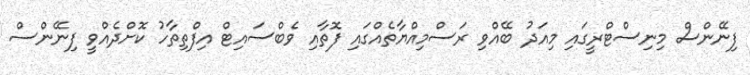
ފިނޭންސް މިނިސްޓްރީގައި މިއަދު ބޭއްވި ރަސްމިއްޔާތެއްގައި ފޮތާއި ވެބްސައިޓް އިފްތިތާހު ކޮށްދެއްވީ ފިނޭންސް